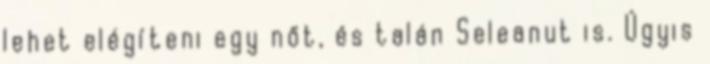
lehet elégíteni egy nőt, és talán Seleanut is. Úgyis